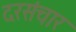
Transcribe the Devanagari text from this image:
दरसंचार